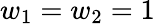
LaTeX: w_{1}=w_{2}=1